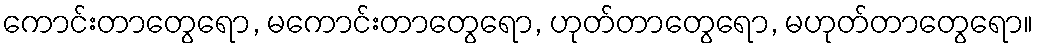
ကောင်းတာတွေရော, မကောင်းတာတွေရော, ဟုတ်တာတွေရော, မဟုတ်တာတွေရော။